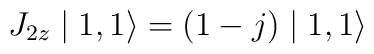
J_{2z}\mid 1,1\rangle =(1-j)\mid 1,1\rangle